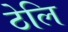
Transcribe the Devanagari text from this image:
ठेलि